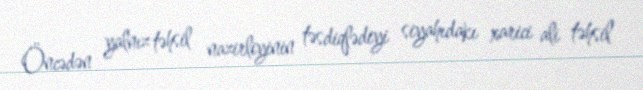
Öncədən yalnız təhsil nazirliyinin təsdiqlədiyi siyahıdakı xarici ali təhsil